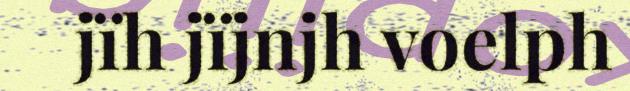
jïh jïjnjh voelph